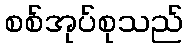
စစ်အုပ်စုသည်